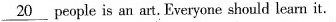
\underline{20} people is an art. Everyone should learn it.